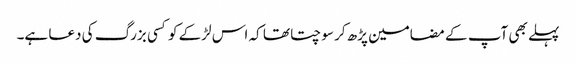
پہلے بھی آپ کے مضامین پڑھ کر سوچتا تھا کہ اس لڑکے کو کسی بزرگ کی دعا ہے۔